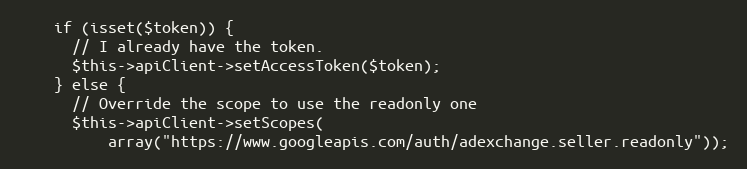
Language: PHP
    if (isset($token)) {
      // I already have the token.
      $this->apiClient->setAccessToken($token);
    } else {
      // Override the scope to use the readonly one
      $this->apiClient->setScopes(
          array("https://www.googleapis.com/auth/adexchange.seller.readonly"));